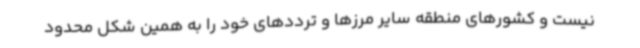
نیست و کشورهای منطقه سایر مرزها و ترددهای خود را به همین شکل محدود